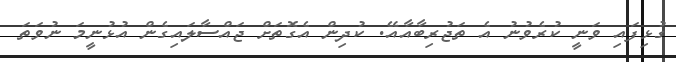
ގުޅިފައި ވަނީ ކުރެވުނު އެ ތަޖުރިބާއާއޭ. ކުދިން އެގޮތަށް ޖައްސާލައިގެން އުޅުނީމަ ނުވަތަ